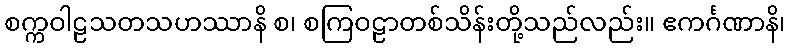
စက္ကဝါဠသတသဟဿာနိ စ၊ စကြဝဠာတစ်သိန်းတို့သည်လည်း။ ဧကင်္ဂဏာနိ၊